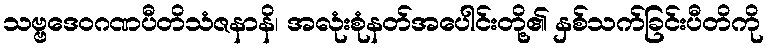
သဗ္ဗဒေဝဂဏပီတိသံဇနာနိ၊ အလုံးစုံနတ်အပေါင်းတို့၏ နှစ်သက်ခြင်းပီတိကို